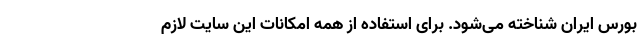
بورس ایران شناخته می‌شود. برای استفاده از همه امکانات این سایت لازم